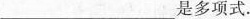
___是多项式。